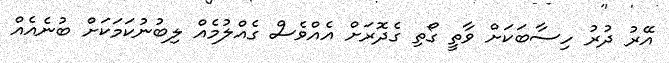
އޭރު ދުރު ހިސާބަކަށް ވާތީ ގޯތި ގެދޮރަށް އެއްވެސް ގެއްލުމެއް ލިބުނުކަމަކަށް ބުނެއެއް